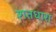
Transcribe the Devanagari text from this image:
शतधारा